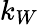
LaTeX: k_{W}